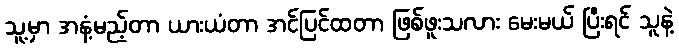
သူ့မှာ အနံ့မည့်တာ ယားယံတာ အင်ပြင်ထတာ ဖြစ်ဖူးသလား မေးမယ် ပြီးရင် သူနဲ့